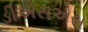
ડીએસએસ